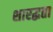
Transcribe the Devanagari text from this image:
शारद्धता